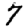
Digit: 7